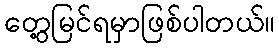
တွေ့မြင်ရမှာဖြစ်ပါတယ်။